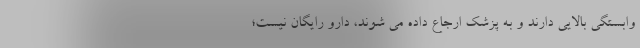
وابستگی بالایی دارند و به پزشک ارجاع داده می‌ شوند، دارو رایگان نیست؛